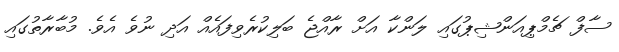
ސާފް ޗެމްޕިއަންޝިޕުގައި ލަންކާ އަށް ރާއްޖެ ބަލިކުރެވިފައެއް އަދި ނުވެ އެވެ. މުބާރާތުގައި